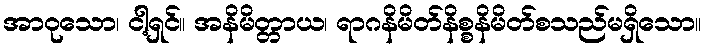
အာဝုသော၊ ငါ့ရှင်။ အနိမိတ္တာယ၊ ရာဂနိမိတ်နိစ္စနိမိတ်စသည်မရှိသော။